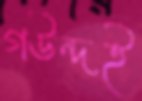
গউন্দই